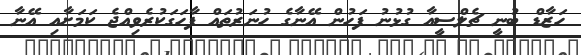
ހަޒާޑް ބުނީ ޗެލްސީއާ ގުޅުނު ފަހުން އޭނާގެ ހުނަރުތައް ފާހަގަކުރެވިއްޖެ ކަމަށާއި އޭނާ